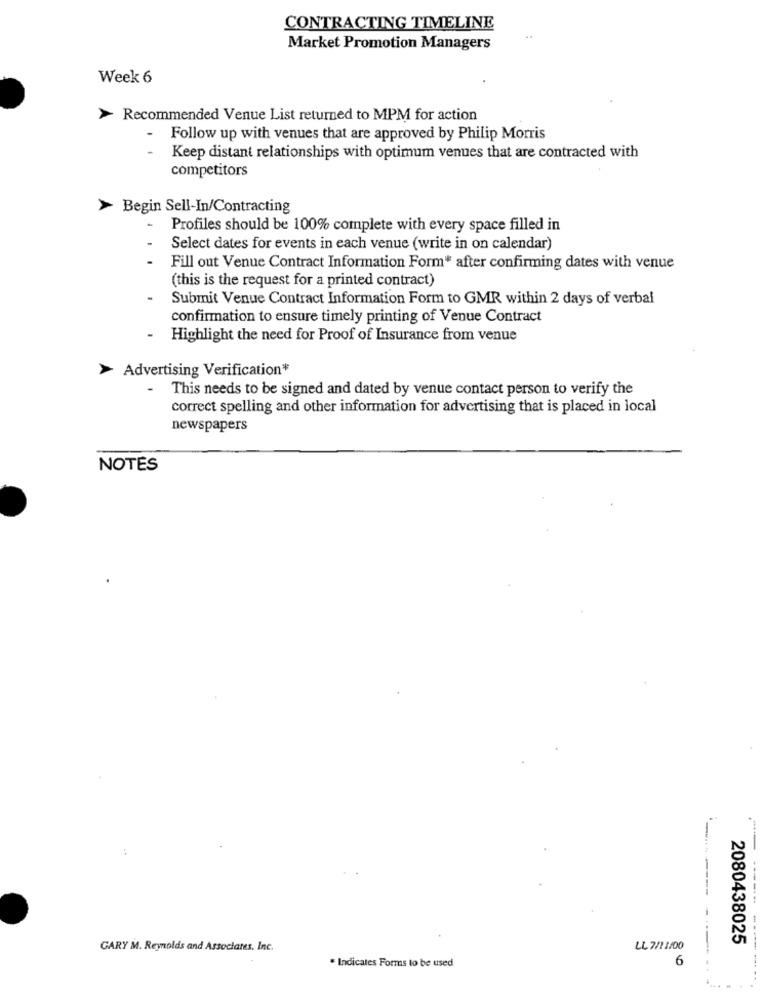
CONTRACTING TIMELINE
Market Promotion Managers
Week 6
> Recommended Venue List returned to MPM for action
Follow up with venues that are approved by Philip Morris
Keep distant relationships with optimum venues that are contracted with
competitors
>
Begin Sell-In/Contracting
-
Profiles should be 100% complete with every space filled in
Select dates for events in each venue (write in on calendar)
Fill out Venue Contract Information Form" after confirming dates with venue
(this is the request for a printed contract)
Submit Venue Contract Information Form to GMR within 2 days of verbal
confirmation to ensure timely printing of Venue Contract
-
Highlight the need for Proof of Insurance from venue
Advertising Verification*
-
This needs to be signed and dated by venue contact person to verify the
correct spelling and other information for advertising that is placed in local
newspapers
NOTES
2080438025
GARY M. Reynolds and Associates, Inc.
LL 7/1 1/00
* Indicates Forms to be used
6